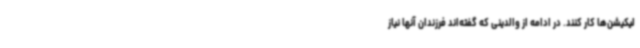
لیکیشن‌ها کار کنند. در ادامه از والدینی که گفته‌اند فرزندان آنها نیاز